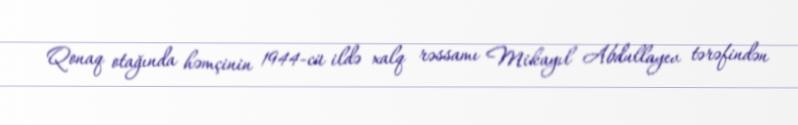
Qonaq otağında həmçinin 1944-cü ildə xalq rəssamı Mikayıl Abdullayev tərəfindən